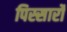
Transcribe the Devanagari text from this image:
पिस्सार्रो